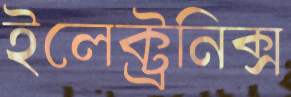
ইলেক্ট্রনিক্স